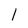
Character: 1